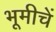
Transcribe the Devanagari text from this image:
भूमीचें